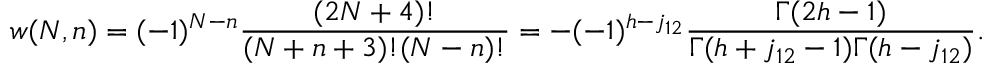
w ( N , n ) = ( - 1 ) ^ { N - n } \frac { ( 2 N + 4 ) ! } { ( N + n + 3 ) ! ( N - n ) ! } = - ( - 1 ) ^ { h - j _ { 1 2 } } \frac { \Gamma ( 2 h - 1 ) } { \Gamma ( h + j _ { 1 2 } - 1 ) \Gamma ( h - j _ { 1 2 } ) } .